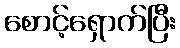
စောင့်ရှောက်ပြီး